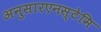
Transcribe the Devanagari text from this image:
अनुसारएनस्टेमि